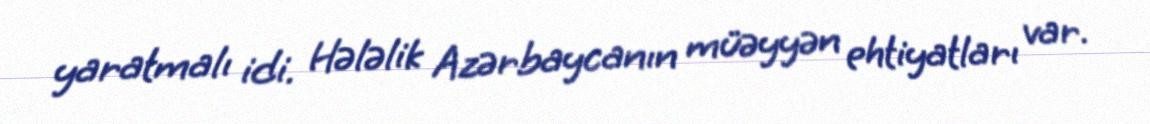
yaratmalı idi. Hələlik Azərbaycanın müəyyən ehtiyatları var.